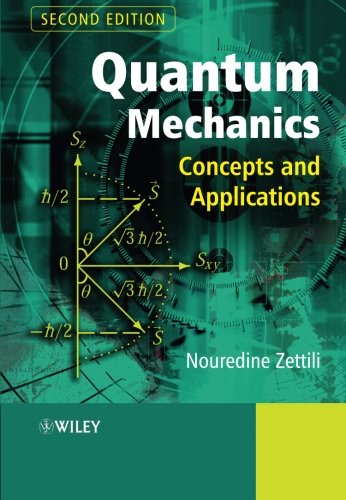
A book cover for Quantum Mechanics: Concepts and Applications; Nouredine Zettili; Science & Math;